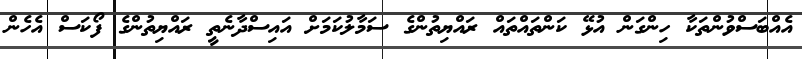
އެއްބަސްވުންތަކާ ހިންގަން އުޅޭ ކަންތައްތައް ރައްޔިތުންގެ ސަމާލުކަމަށް އައިސްދާނެތީ ރައްޔިތުންގެ ފޯކަސް އެހެން